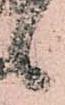
候